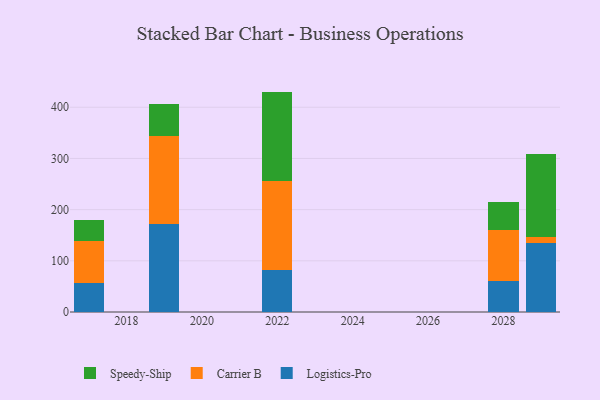
{"axis": {"x": "Year", "y": "Backlog"}, "legend": ["Carrier B", "Logistics-Pro", "Speedy-Ship"], "data": [{"x": "2029", "y": 134.4, "type": "Logistics-Pro"}, {"x": "2029", "y": 12.9, "type": "Carrier B"}, {"x": "2029", "y": 161.6, "type": "Speedy-Ship"}, {"x": "2028", "y": 60.4, "type": "Logistics-Pro"}, {"x": "2028", "y": 100.5, "type": "Carrier B"}, {"x": "2028", "y": 54.5, "type": "Speedy-Ship"}, {"x": "2017", "y": 56.2, "type": "Logistics-Pro"}, {"x": "2017", "y": 82.4, "type": "Carrier B"}, {"x": "2017", "y": 41.8, "type": "Speedy-Ship"}, {"x": "2022", "y": 83.0, "type": "Logistics-Pro"}, {"x": "2022", "y": 173.5, "type": "Carrier B"}, {"x": "2022", "y": 174.1, "type": "Speedy-Ship"}, {"x": "2019", "y": 171.1, "type": "Logistics-Pro"}, {"x": "2019", "y": 172.9, "type": "Carrier B"}, {"x": "2019", "y": 62.8, "type": "Speedy-Ship"}]}